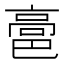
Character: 䯩